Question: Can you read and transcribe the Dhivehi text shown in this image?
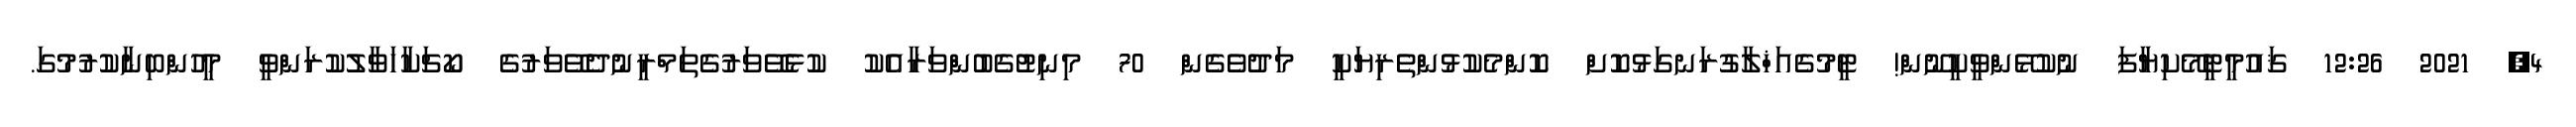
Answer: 4, 2021 12:26 ޤައުމީޓީމޭކިޔާފަ ނުކުޅޭންވީކީނޫން! ޓީމުގެއަޚްލާގުރަނގަޅުކޮށް ކޮންމެކުޅުންތެރިޔަކީ މަދުވެގެން 70 މިނިޓުގެބުންްވަރާއެކު ކުޅެވޭވަރުގެތަމްރީނުދެވޭވަރުގެ ކޯޗަކާހަވާލުކުރަންވީ މީހުންބިނާކުރުމުގަ.